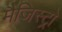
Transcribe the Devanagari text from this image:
मैजिस्ट्रो